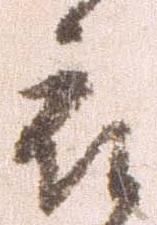
被